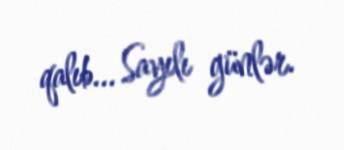
qalıb... Sayılı günlər.